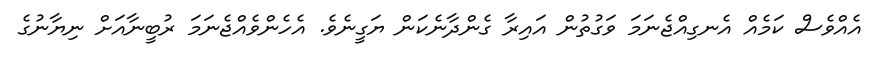
އެއްވެސް ކަމެއް އެނގިއްޖެނަމަ ވަގުތުން އައިރާ ގެންދާނެކަން ޔަގީނެވެ. އެހެންވެއްޖެނަމަ ރުބީނާއަށް ނިޔާނުގެ